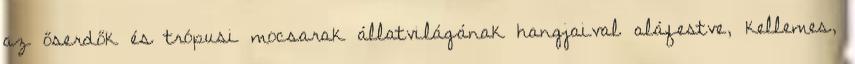
az őserdők és trópusi mocsarak állatvilágának hangjaival aláfestve, kellemes,